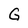
Character: G